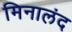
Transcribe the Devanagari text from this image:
मिनालंद